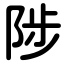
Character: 陟